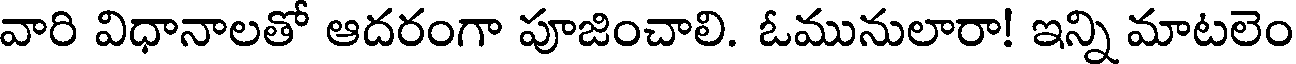
వారి విధానాలతో ఆదరంగా పూజించాలి. ఓమునులారా! ఇన్ని మాటలెం